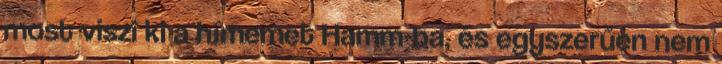
most viszi ki a hímemet Hamm-ba, és egyszerűen nem